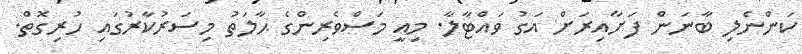
ކަންނެލި ބާނަން ފަށާއިރަށް އަގު ވައްޓާލާ. މިއީ މަސްވެރިންގެ ޙާލަތު މިސަރުކާރުގައި ހުރިގޮތް.